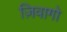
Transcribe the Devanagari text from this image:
ज़िवागो